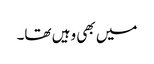
میں بھی وہیں تھا۔